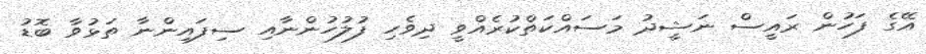
އޭގެ ފަހުން ރައީސް ނަޝީދު މަސައްކަތްކުރެއްވީ ދިވެހި ފުލުހުންނާއި ސިފައިންނާ ތަޅުވާ ބޮޑު